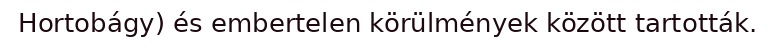
Hortobágy) és embertelen körülmények között tartották.